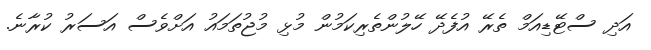
އަދި ސްޓޭޑިއަމް ތެރޭ އުފެދޭ ހޭލުންތެރިކަމުން މުޅި މުޖުތަމައު އަށްވެސް އަސަރު ކުރާނެ.